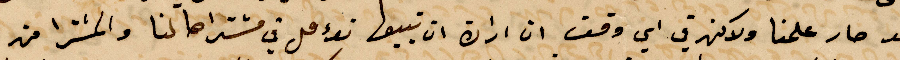
قد صار علمنا ولانهم في أي وقت ان أراد ان تبيعها تؤمل في مشتراها لنا والمشترا من